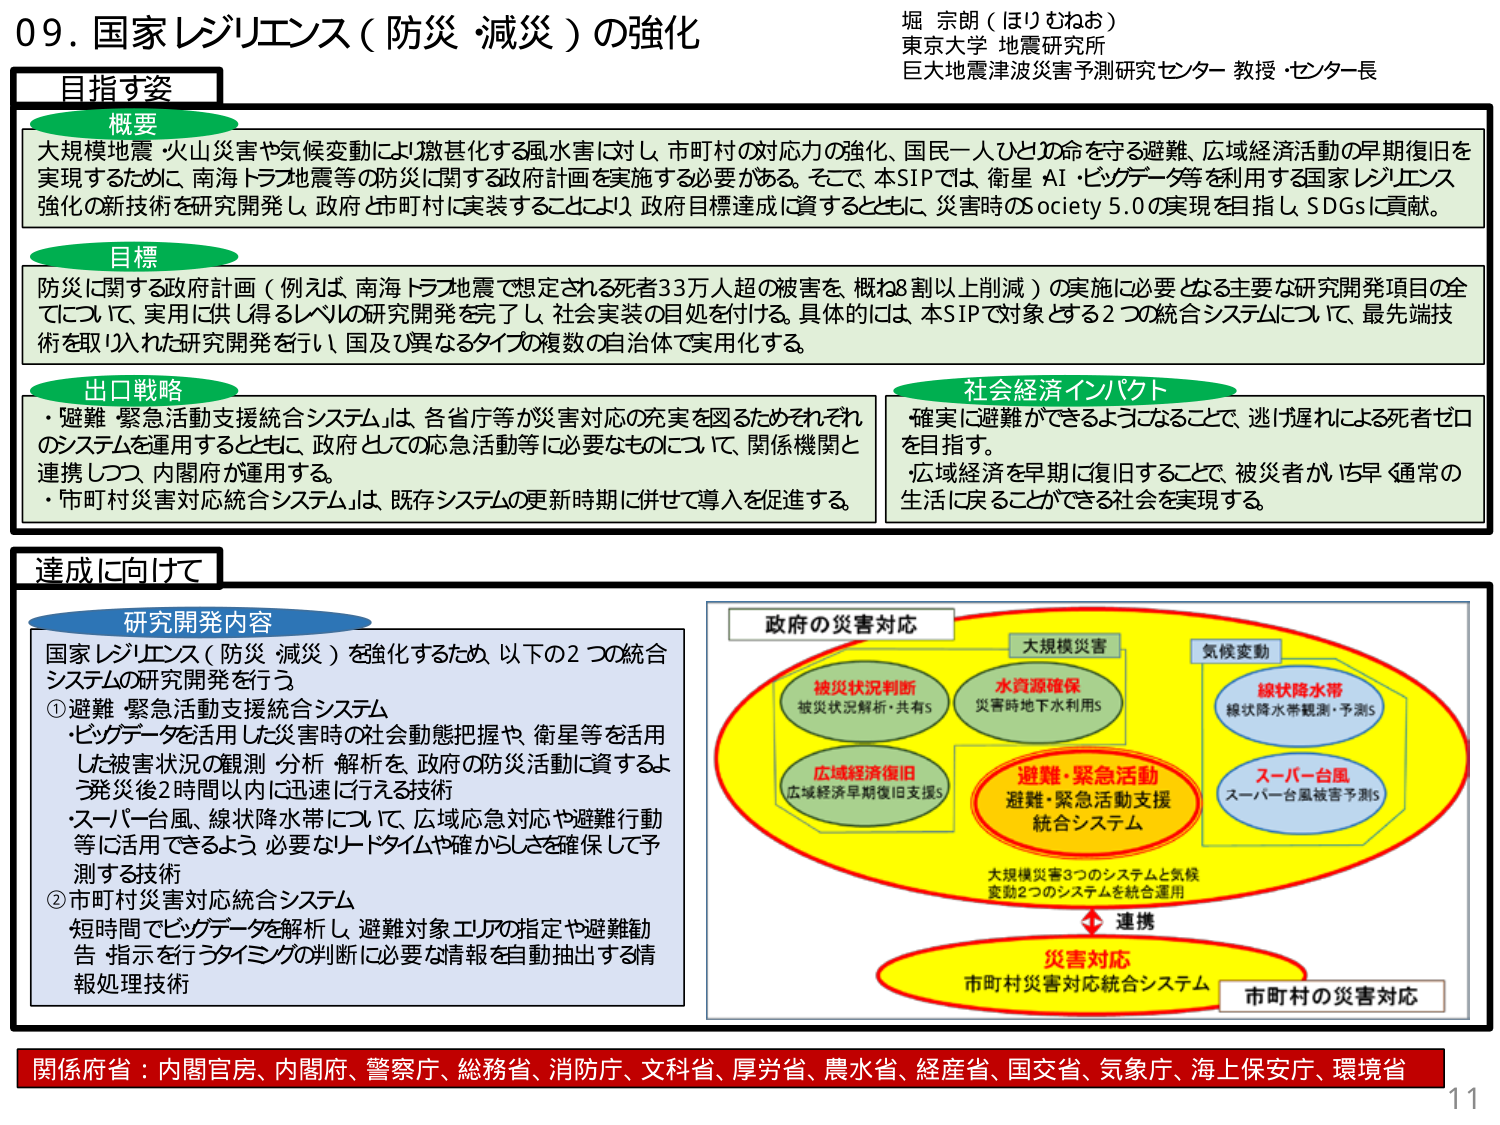
09. 国家レジリエンス（防災・減災）の強化
堀 宗朗（ほり むねお）
東京大学 地震研究所
巨大地震津波災害予測研究センター 教授・センター長

目指す姿

概要
大規模地震・火山災害や気候変動により激甚化する風水害に対し、市町村の対応力の強化、国民一人ひとりの命を守る避難、広域経済活動の早期復旧を実現するために、南海トラフ地震等の防災に関する政府計画を実施する必要がある。そこで、本SIPでは、衛星・AI・ビッグデータ等を利用する国家レジリエンス強化の新技術を研究開発し、政府と市町村に実装することにより、政府目標達成に資するとともに、災害時のSociety 5.0の実現を目指し、SDGsに貢献。

目標
防災に関する政府計画（例えば、南海トラフ地震で想定される死者33万人超の被害を、概ね8割以上削減）の実施に必要となる主要な研究開発項目の全てについて、実用に供しうるレベルの研究開発を完了し、社会実装の目処を付ける。具体的には、本SIPで対象とする2つの統合システムについて、最先端技術を取り入れた研究開発を行い、国及び異なるタイプの複数の自治体で実用化する。

出口戦略
・避難・緊急活動支援統合システムは、各省庁等が災害対応の充実を図るためそれぞれのシステムを運用するとともに、政府としての応急活動等に必要なものについて、関係機関と連携しつつ、内閣府が運用する。
・市町村災害対応統合システムは、既存システムの更新時期に併せて導入を促進する。

社会経済インパクト
・確実に避難ができるようになることで、逃げ遅れによる死者ゼロを目指す。
・広域経済を早期に復旧することで、被災者が、いち早く通常の生活に戻ることができる社会を実現する。

達成に向けて

研究開発内容
国家レジリエンス（防災・減災）を強化するため、以下の2つの統合システムの研究開発を行う。
① 避難・緊急活動支援統合システム
・ビッグデータを活用した災害時の社会動態把握や、衛星等を活用した被害状況の観測・分析・解析を、政府の防災活動に資するよう、発災後2時間以内に迅速に行える技術
・スーパー台風、線状降水帯について、広域応急対応や避難行動等に活用できるよう、必要なリードタイムや確かからしさを確保して予測する技術
② 市町村災害対応統合システム
短時間でビッグデータを解析し、避難対象エリアの指定や避難勧告・指示を行うタイミングの判断に必要な情報を自動抽出する情報処理技術

政府の災害対応
大規模災害
被災状況判断（被災状況解析・共有S）
水資源確保（災害時地下水利用S）
広域経済復旧（広域経済早期復旧支援S）
避難・緊急活動支援統合システム
気候変動
線状降水帯（線状降水帯観測・予測S）
スーパー台風（スーパー台風被害予測S）
大規模災害3つのシステムと気候変動2つのシステムを統合運用
連携
災害対応
市町村災害対応統合システム
市町村の災害対応

関係府省：内閣官房、内閣府、警察庁、総務省、消防庁、文科省、厚労省、農水省、経産省、国交省、気象庁、海上保安庁、環境省
11